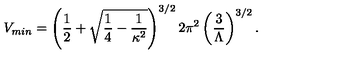
V _ { m i n } = \left( { \frac { 1 } { 2 } } + \sqrt { { \frac { 1 } { 4 } } - { \frac { 1 } { \kappa ^ { 2 } } } } \right) ^ { 3 / 2 } 2 \pi ^ { 2 } \left( { \frac { 3 } { \Lambda } } \right) ^ { 3 / 2 } .